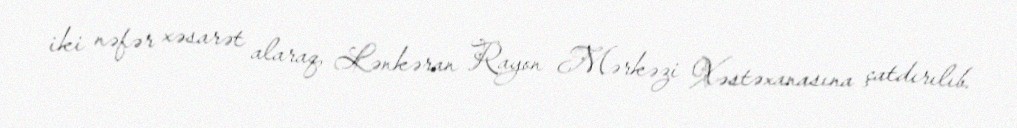
iki nəfər xəsarət alaraq, Lənkəran Rayon Mərkəzi Xəstəxanasına çatdırılıb.